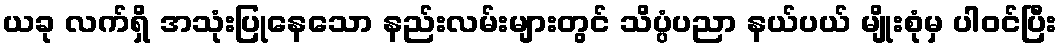
ယခု လက်ရှိ အသုံးပြုနေသော နည်းလမ်းများတွင် သိပ္ပံပညာ နယ်ပယ် မျိုးစုံမှ ပါဝင်ပြီး